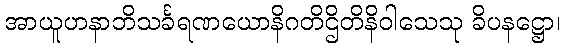
အာယူဟနာဘိသင်္ခရဏယောနိဂတိဌိတိနိဝါသေသု ခိပနဋ္ဌော၊